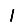
Digit: 1